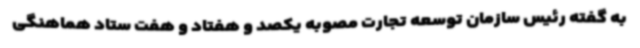
به گفته رئیس سازمان توسعه تجارت مصوبه یکصد و هفتاد و هفت ستاد هماهنگی